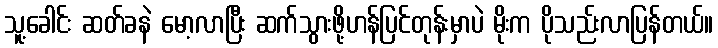
သူ့ခေါင်း ဆတ်ခနဲ မော့လာပြီး ဆက်သွားဖို့ဟန်ပြင်တုန်းမှာပဲ မိုးက ပိုသည်းလာပြန်တယ်။